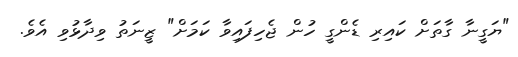
"ޔަގީނާ ގާތަށް ކައިިރި ޑެންގީ ހުން ޖެހިފައިވާ ކަމަށް" ޒީނަތު ވިދާޅުވި އެވެ.